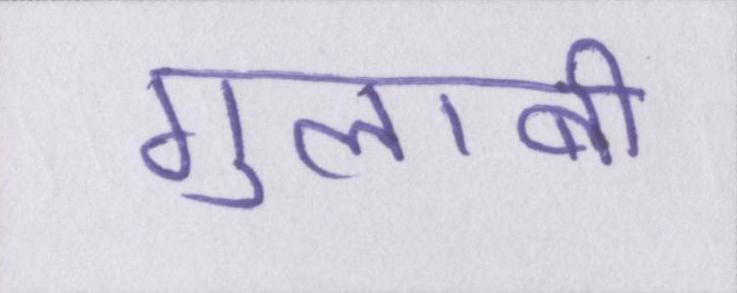
गुलाबी